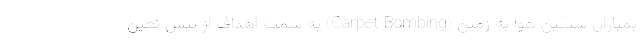
بمباران سنگین هوا به زمین (Carpet Bombing) به سمت اهداف از پیش تعین